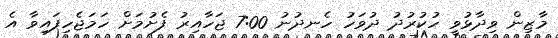
މާޒިން ވިދާޅުވީ ހުކުރުދު ދުވަހު ހެނދުނު 7:00 ޖަހާއިރު ފެށުމަށް ހަމަޖެހިފައިވާ އެ